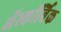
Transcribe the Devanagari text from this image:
ॲस्कॉर्बिक